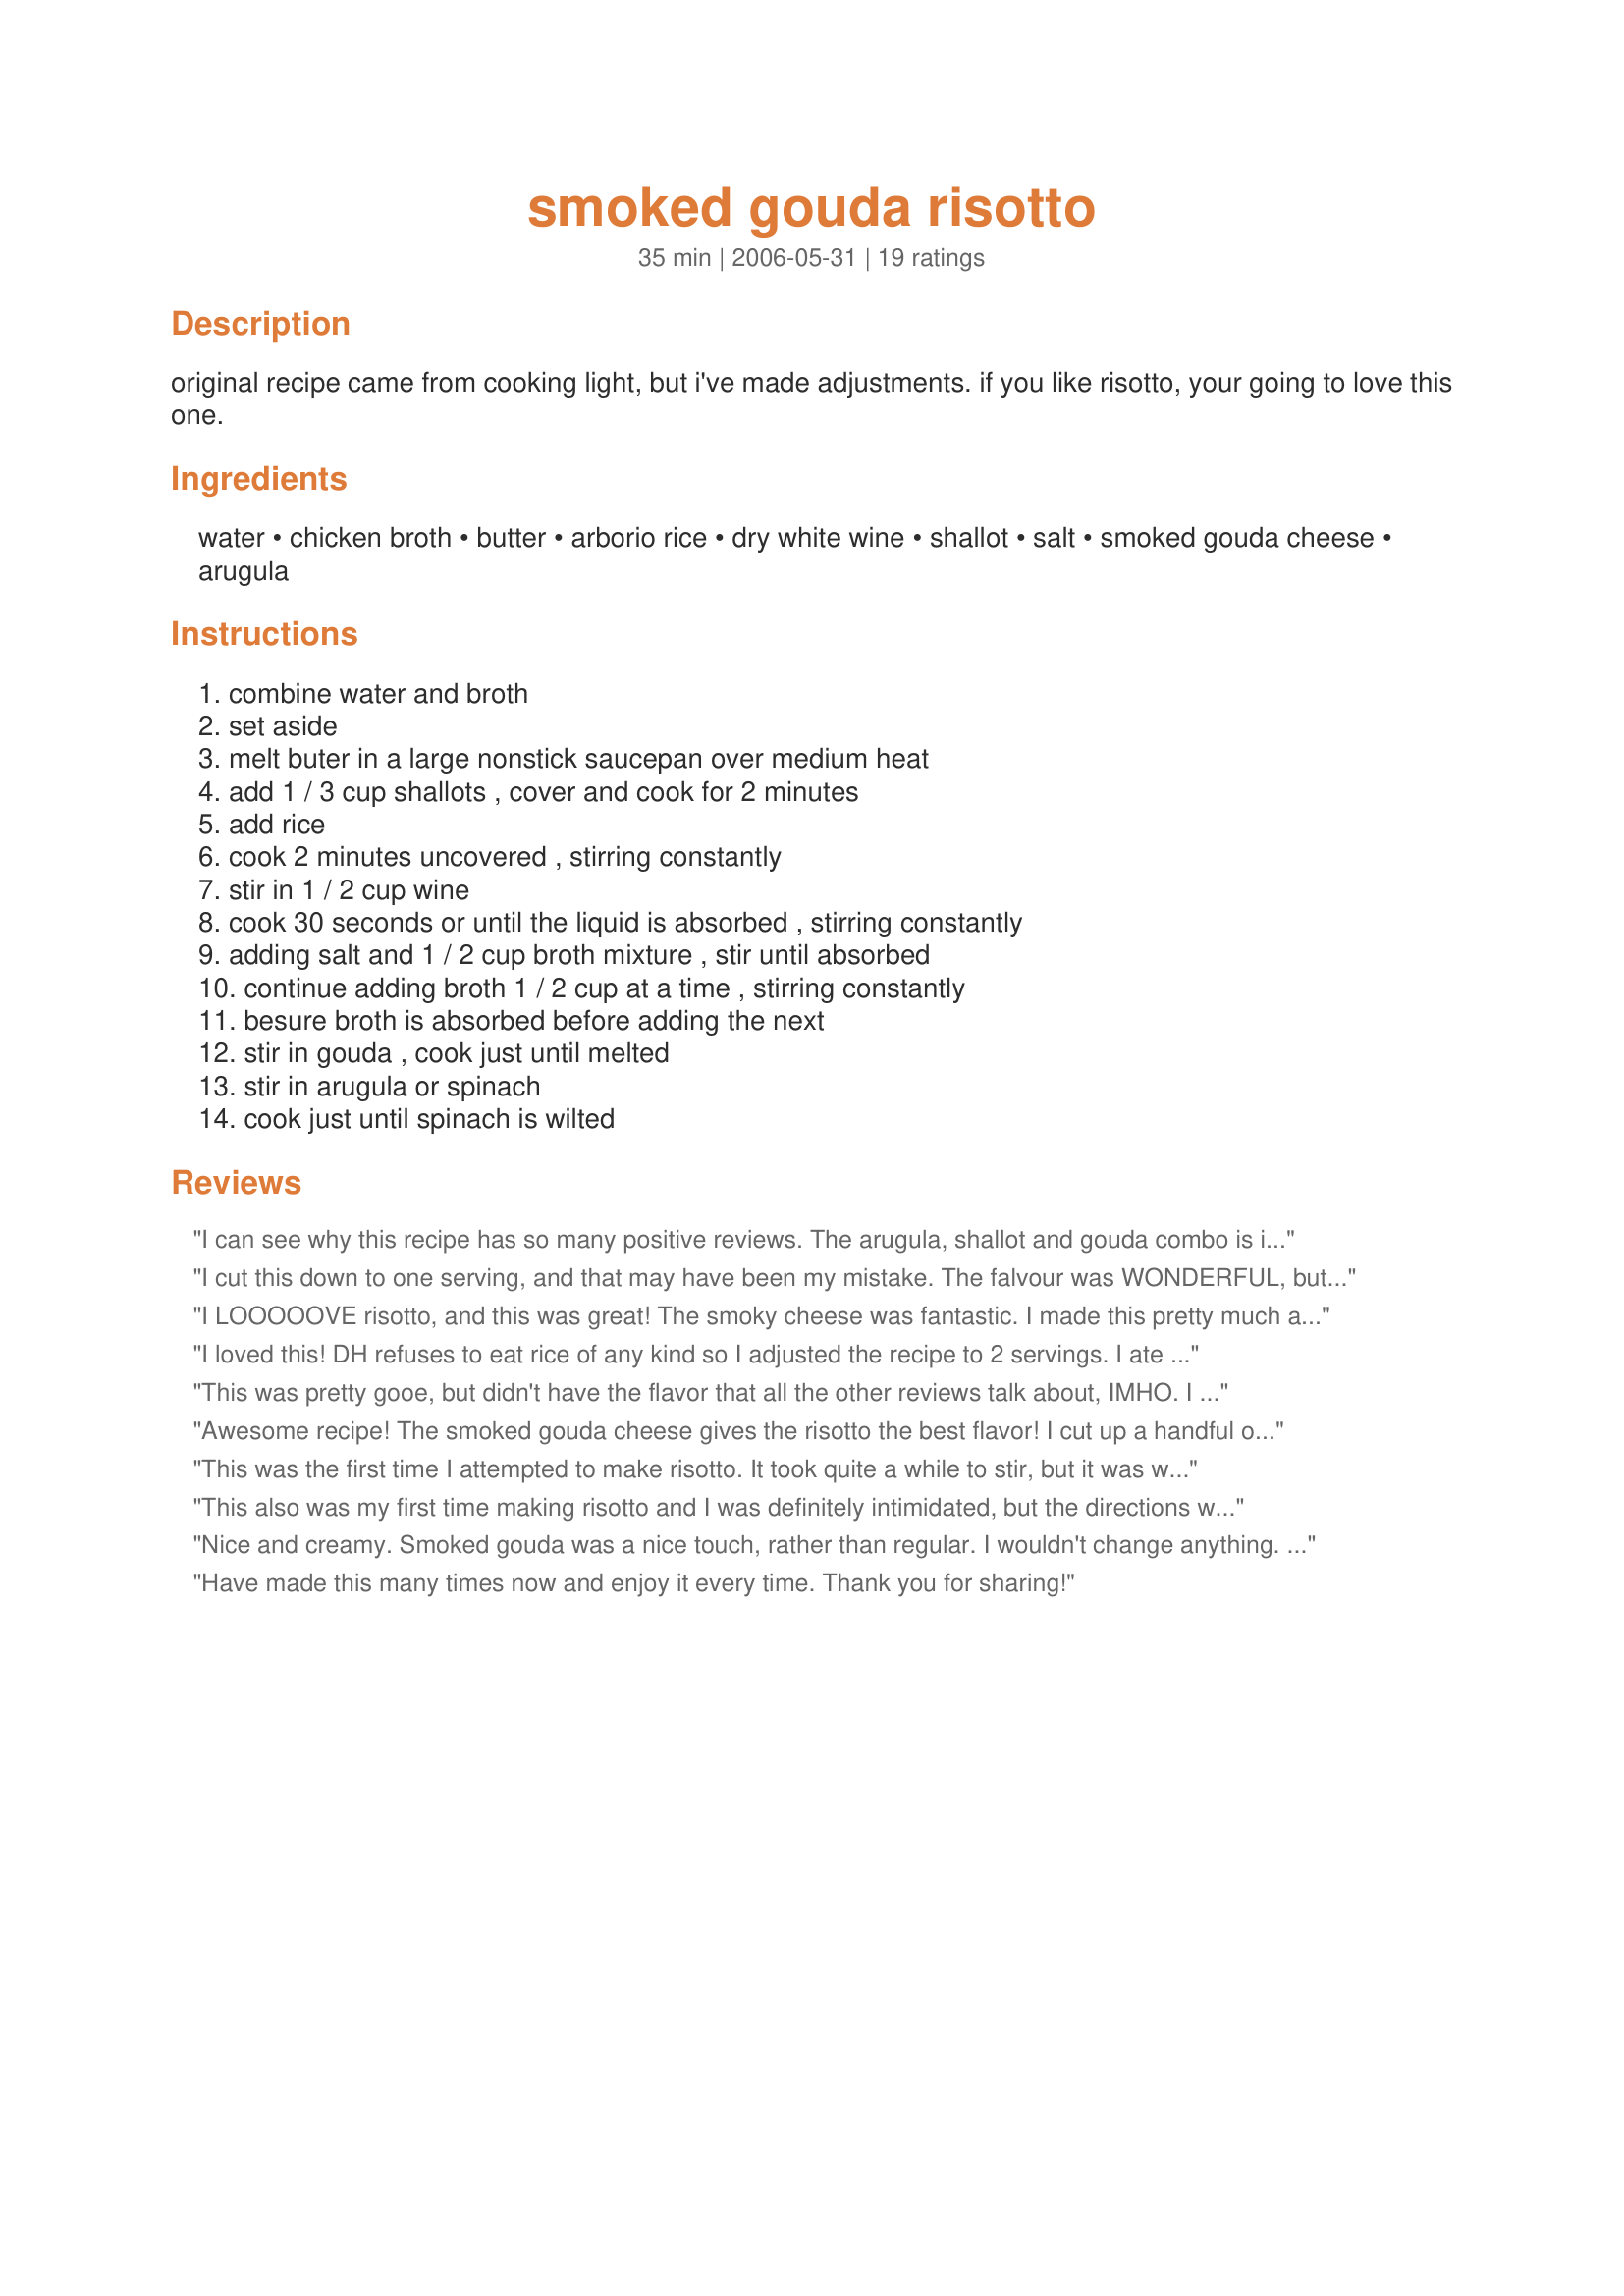
smoked gouda risotto
Preparation time: 35 minutes

original recipe came from cooking light, but i've made adjustments. if you like risotto, your going to love this one.

Ingredients:
water, chicken broth, butter, arborio rice, dry white wine, shallot, salt, smoked gouda cheese, arugula

Steps:
combine water and broth, set aside, melt buter in a large nonstick saucepan over medium heat, add 1 / 3 cup shallots , cover and cook for 2 minutes, add rice, cook 2 minutes uncovered , stirring constantly, stir in 1 / 2 cup wine, cook 30 seconds or until the liquid is absorbed , stirring constantly, adding salt and 1 / 2 cup broth mixture , stir until absorbed, continue adding broth 1 / 2 cup at a time , stirring constantly, besure broth is absorbed before adding the next, stir in gouda , cook just until melted, stir in arugula or spinach, cook just until spinach is wilted

Reviews:
I can see why this recipe has so many positive reviews. The arugula, shallot and gouda combo is incredible. Some crisp crumbled bacon on the top would make it the perfect breakfast, lunch or dinner!
I cut this down to one serving, and that may have been my mistake. The falvour was WONDERFUL, but either I didn't take long enough to cook the rice, or because the pan was large the moisture evaperated too soon, in either case, the rice was not al dente, but still rather crunchy. I even added an extra half cup of water near the end to see if I could cook it longer. Next time, I would make this for a larger group, and cut out the extra salt, there is enough with the broth. UPDATE 3/09: Made half a batch and it was PERFECT. Still don't need the salt, but did add 1/4 tsp. Mrs. Dash. As a serving idea, used green peppers, and stuffed the Risotto like a meat stuffing then baked 20 minutes covered at 350 to soften the peppers.

Served with salad, and mango sorbet.
I LOOOOOVE risotto, and this was great! The smoky cheese was fantastic. I made this pretty much as in the recipe, apart from adding some chopped smoked ham which was loitering in the fridge. Great!
I loved this! DH refuses to eat rice of any kind so I adjusted the recipe to 2 servings. I ate it all & he had the rest of the Gouda w/crackers for dinner ;-) Your instructions were appreciated as I have never made risotto before. Thanks for posting!
This was pretty gooe, but didn't have the flavor that all the other reviews talk about, IMHO. I thought it could use some garlic and maybe some more shallots and fresh herbs perhaps. If I try this again I will modify, thanks for sharing.
Awesome recipe! The smoked gouda cheese gives the risotto the best flavor! I cut up a handful of spinach leaves instead of using 5 cups, and loved the final flavor. Definately worth the time to make -- but allow yourself more time, it took me alot longer than the indicated 35 mins!
This was the first time I attempted to make risotto. It took quite a while to stir, but it was well worth it. I had a very difficult time stopping myself from getting a third helping! I am eager to try other types of risotto now. Thanks for the great recipe!
This also was my first time making risotto and I was definitely intimidated, but the directions were very clear and my attempt was a great success. I love the addition of smoked gouda and spinach. I would highly recommend this recipe to anyone who had been hesitating making risotto. Thank you.
Nice and creamy. Smoked gouda was a nice touch, rather than regular. I wouldn't change anything. Perfect-o!
Have made this many times now and enjoy it every time. Thank you for sharing!
Really, REALLY good. Instead of 5C arugula or fresh spinach, I thawed and drained a 10 oz. pkg. of frozen chopped spinach, and added/mixed it in thoroughly BEFORE adding the cheese (would have clumped). Added 1 cup of Parmesan at the end - can hardly wait for an excuse to make it AGAIN! Thanks a bunch 8-)
I liked this alot and will make it again. The smoky flavor of the gouda was terrific. I did sub a box of frozen spinach for the fresh and didn't replaced the wine with more broth. Thanks for sharing your recipe!
This was absolutely wonderful -- and surprisingly not that bad in terms of calories/fat! We had it as a main course, and it was more than enough. I used leeks instead of shallots (because that's what I had on hand); reduced-fat smoked gouda from Trader Joe's, and spinach; I threw in a quarter cup of first-rate grated parmesan/reggiano. Absolutely delicious. I will absolutely, definitely make this again -- my husband would be too unhappy if I didn't! Thanks for posting this!
This was extremely delish ! I didn't have any spinach, so I subbed peas, but it was still absolutely yummy. I'll be making this again !!
I am at the moment learning how to make a good risotto and this was amazing!!! I cooked my rice for 40 minutes as that is what mum has taught me to do. I used spinach and this was lovely. THanks for posting. Miss Pixie x x x :D
Delicious! This was my first attempt at risotto and it came out perfectly. I made the recipie exactly as is.
Love any kind of risotto, so enjoyed this dish. I took another reviewer&#039;s advice and used more shallots (about 8 small ones - maybe double what&#039;s called for). I made this with the Recipe #315371 method, which never disappoints. Smoked gouda makes this recipe unique and lends a nice flavor to it.
The flavour here was very nice. However, the texture was a bit stickier than I'm used to... though I think that was MY fault. Next time I won't cook it so long after adding the last of the stock, and I may decrease the amount of cheese as well. I'll definitely have to try this again, we all loved the taste. Thanks!
Oh my this was just delicious. It was creamy, a little bit smokey and just terrific served with just about anything.
